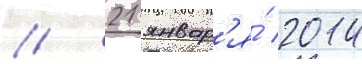
// 21 январ'я́ 2014